Parnu-Viljandi_kinnistusamet, lk 2
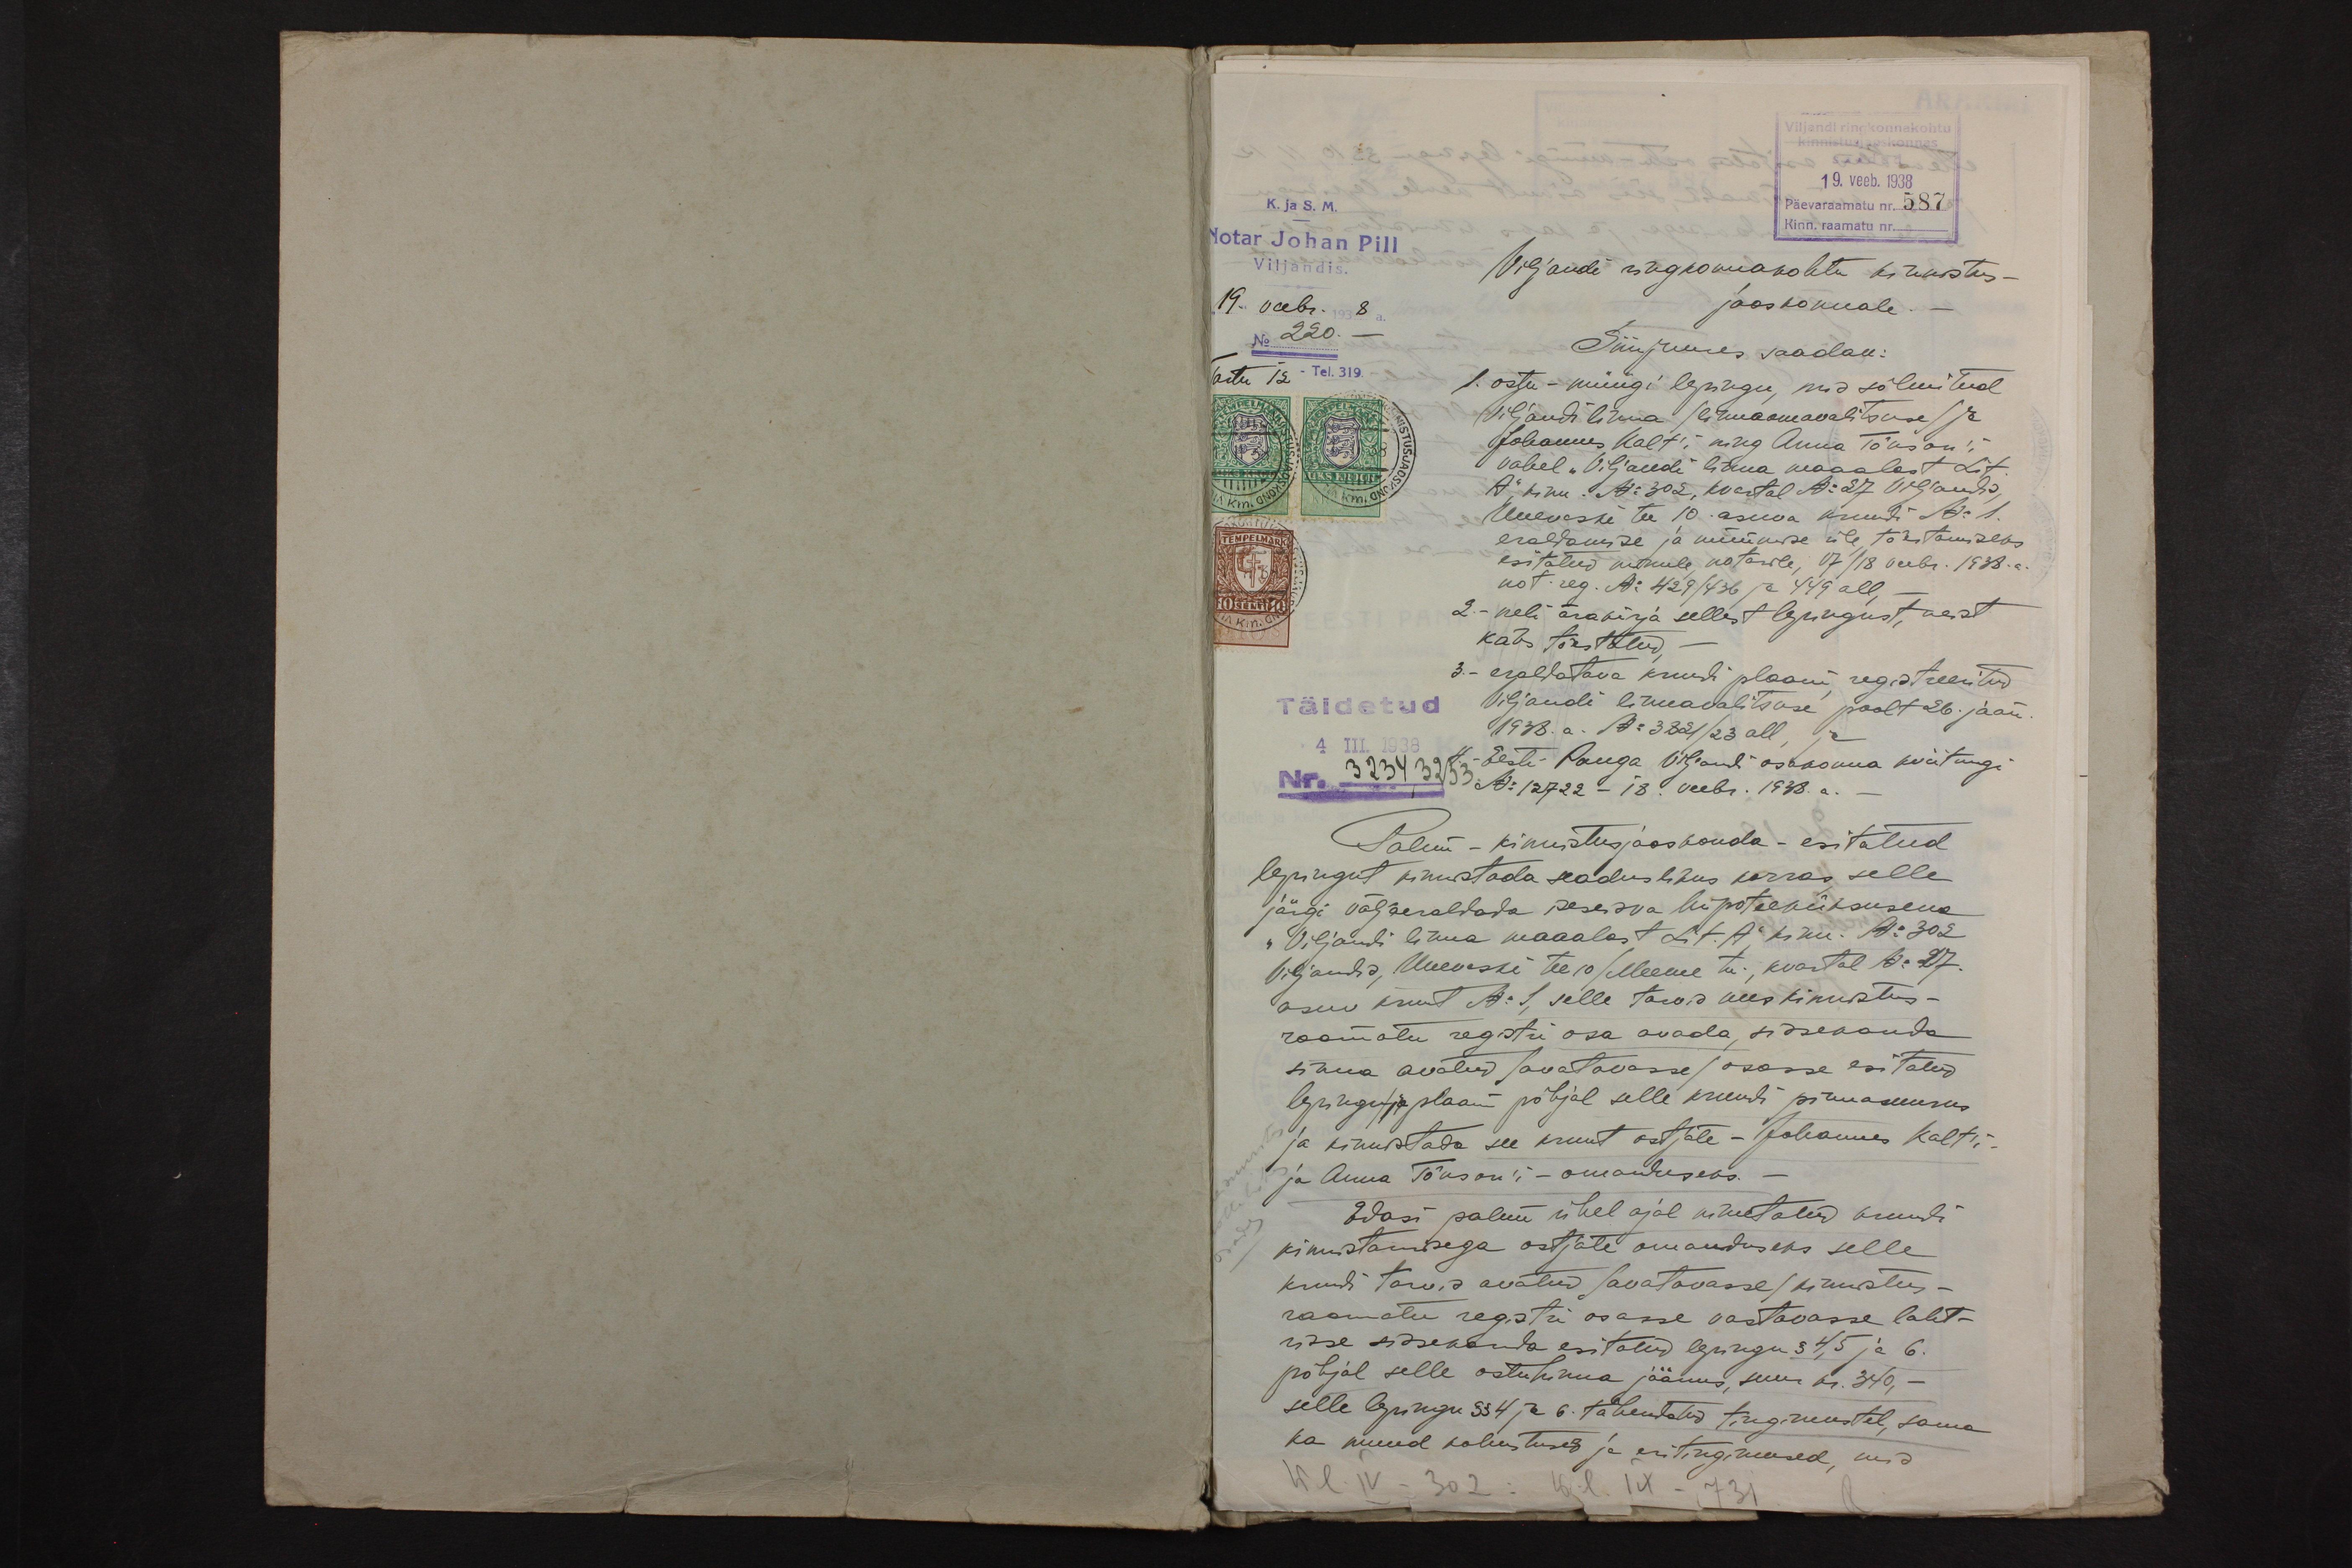
19. veeb. 1938
K. ja S. M.
Päevaraamatu nr. 587
Notar Johan Pill
Viljandis
Kinn. raamatu nr.
Viljandi ringkonnakohtu kinnistus-
19. veebr. 1938 a.
jaokonnale.
No 220.-
Siinjuures saadan:
Tartu 12. Tel. 319.
1. ostu- müügi lepingu, mis sõlmitud
Viljandi linna (linnaamavalitsuse) ja
Johannes Kalt'i ning Anna Tõnson'i
vahel "Viljandi" linna maaalast Lit
A", kinn. No 302, kvartal No 27 Viljandis,
Uueveski tee 10 asuva krundi No 1.
eraldamise ja müümise üle tõestamiseks
esitatud minule notarile, 17/18 veebr. 1938. a.
not. reg. No 429/436 ja 449 all,
2. - neli ärakirja sellest lepingust, neist
kaks tõestatud.
3.- eraldatava kruudi plaani registreeritud
Täidetud
Viljandi linnavalitsuse poolt 26. jaan.
1938. a. No 3821/23 all ja
III. 1938
3234 3233
Eesti Panga Viljandi osakonna kviitungi
No 12722 - 18. veebr. 1938. a.
Palun - kinnistusjaoskonda - esitatud
lepingut kinnistada seaduslikus korras selle
järgi väljaeraldada iseseisva hüpoteeküksuseks.
"Viljandi linna maaalast Lit. A kinn. No 302
Viljandis, Uueveski tee 10 / Meeme tn, kvartal No 27.
asuv krunt No 1, selle tarvis uus kinnistus-
raamatu registri osa avada, sissekanda
sinna avatud / avatavasse /osasse esitatud
lepingu / ja plaani põhjal selle krundi pinnasuurus
ja kinnistada see krunt ostjale - Johannes Kalt'i
ja Anna Tõnson'i - omanduseks.
Edasi palun ühel ajal nimetatud krundi
kinnistamisega ostjale omanduseks selle
krundi tarvis avatud / avatavasse / kinnistus-
raamatu registri osasse vastavasse laht-
risse sissekanda esitatud lepingu § 4, 5 ja 6.
põhjal selle ostuhinna jäänus suur kr. 340.-
selle lepingu §§ 4 ja 6. tähendatud tingimustel sama
ka muud kohustused ja eritingimused, mis
IX - 731